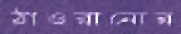
ঠাওরানোর